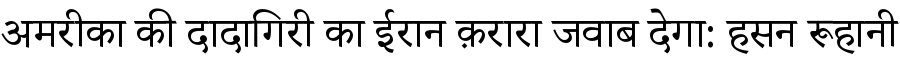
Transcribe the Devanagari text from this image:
अमरीका की दादागिरी का ईरान क़रारा जवाब देगा: हसन रूहानी